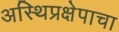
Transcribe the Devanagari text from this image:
अस्थिप्रक्षेपाचा